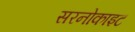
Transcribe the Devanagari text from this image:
सरनोकाइट